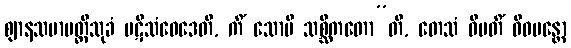
ဈာနသမာပတ္တိသုခံ ပဋိသံဝေဒေတိ, ကိံ သောပိ သစ္ဆိကတော”တိ, တေသံ ဝိမတိံ ဝိဓမန္တော